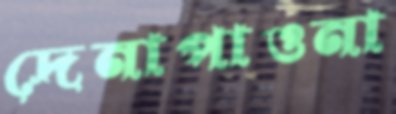
দেনাপাওনা